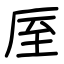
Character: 厔